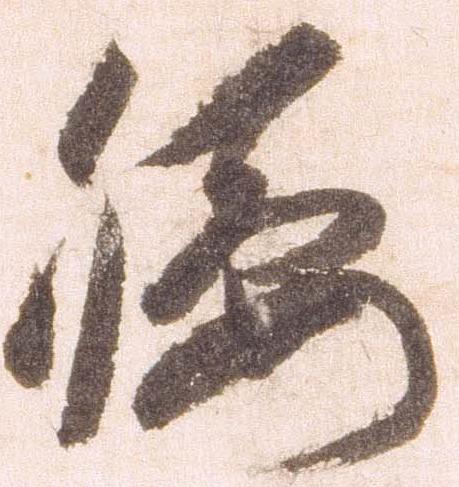
腰